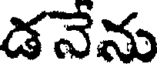
డనేను